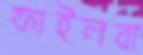
ফাইলবা